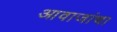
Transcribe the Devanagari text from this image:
आवाजांचा